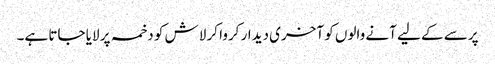
پرسے کے لیے آنے والوں کو آخری دیدار کروا کر لاش کو دخمہ پر لایا جاتا ہے۔